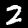
Label: 2